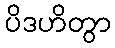
ပိဒဟိတွာ